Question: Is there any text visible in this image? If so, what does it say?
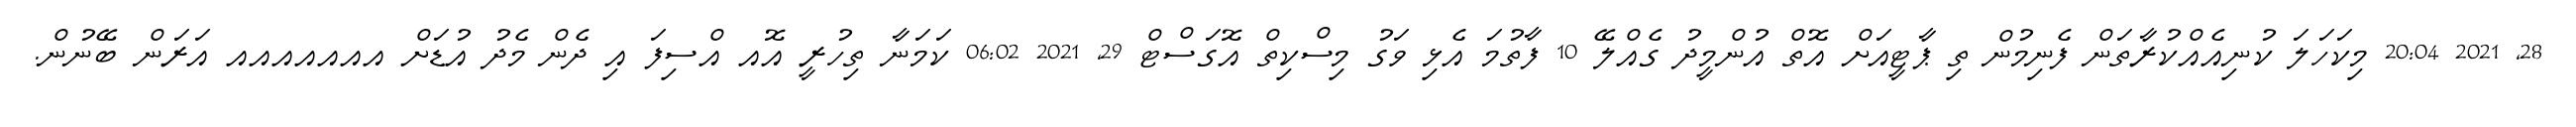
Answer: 28, 2021 20:04 މިކަހަލަ ކުނިއެއްކުރާތަން ފެނިމުން ތި ޕާޓީއަށް އޮތް އުންމީދު ގެއްލޭ 10 ފާތުމަ އެޅި ވަގު މިސްކިތް އޮގަސްޓް 29, 2021 06:02 ކަމަނާ ތިހުރީ އޮއ އްސިފަ އި ދެން މެދު އުޑަށް އއއއއއއ އަރަން ބޭނުން.